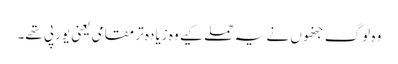
وہ لوگ جنھوں نے یہ حملے کیے وہ زیادہ تر مقامی یعنی یورپی تھے۔